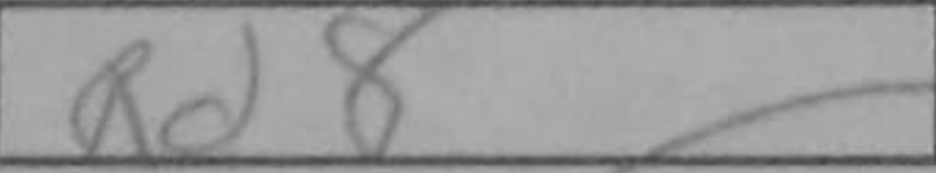
Transcription: Rd8